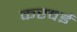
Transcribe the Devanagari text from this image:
करवई